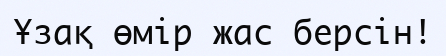
Ұзақ өмір жас берсін!